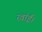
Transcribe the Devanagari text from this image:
रवांई।